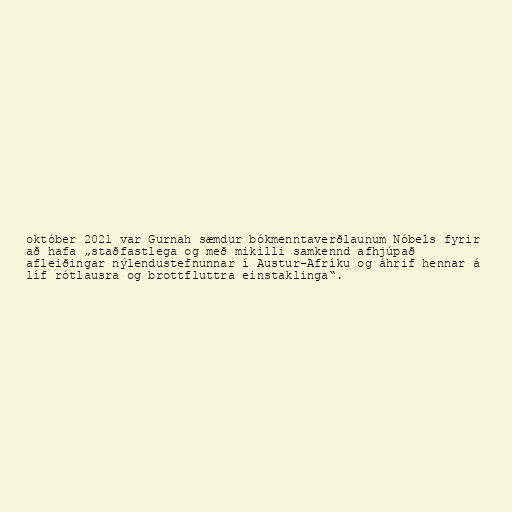
október 2021 var Gurnah sæmdur bókmenntaverðlaunum Nóbels fyrir
að hafa „stað­fast­lega og með mikilli sam­kennd af­hjúpað
af­leiðingar ný­lendu­stefnunnar í Austur-Afríku og á­hrif hennar á
líf rót­lausra og brott­fluttra ein­stak­linga“.